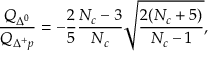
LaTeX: \frac { Q _ { \Delta ^ { 0 } } } { Q _ { \Delta ^ { + } p } } = - \frac { 2 } { 5 } \frac { N _ { c } - 3 } { N _ { c } } \sqrt { \frac { 2 ( N _ { c } + 5 ) } { N _ { c } - 1 } } ,